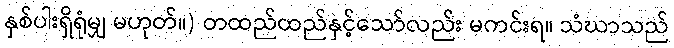
နှစ်ပါးရှိရုံမျှ မဟုတ်။) တထည်ထည်နှင့်သော်လည်း မကင်းရ။ သံဃာသည်